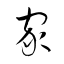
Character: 家